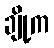
ချို့က